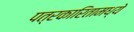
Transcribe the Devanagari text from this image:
पत्रकारितामध्ये